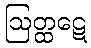
ဩတ္ထဋေ